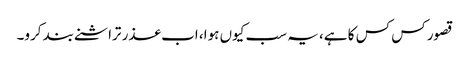
قصور کس کس کا ہے، یہ سب کیوں ہوا، اب عذر تراشنے بند کرو۔